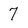
Character: 7